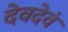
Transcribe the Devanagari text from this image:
देवदेवं